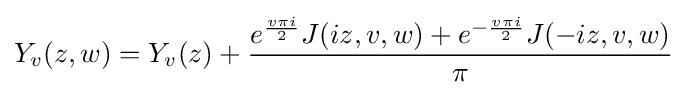
Y_{v}(z,w)=Y_{v}(z)+{\dfrac {e^{\frac {v\pi i}{2}}J(iz,v,w)+e^{-{\frac {v\pi i}{2}}}J(-iz,v,w)}{\pi }}